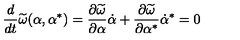
\frac { d } { d t } \widetilde \omega ( \alpha , \alpha ^ { * } ) = \frac { \partial \widetilde \omega } { \partial \alpha } \dot { \alpha } + \frac { \partial \widetilde \omega } { \partial \alpha ^ { * } } \dot { \alpha } ^ { * } = 0